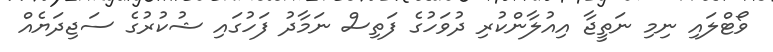
ވޯޓްލައި ނިމި ނަތީޖާ އިއުލާންކުރި ދުވަހުގެ ފަތިސް ނަމާދު ފަހުގައި ޝުކުރުގެ ސަޖިދަޔެއް